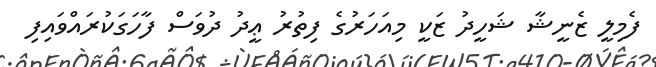
ފެމިލީ ޒެނީޝާ ޝަހީދު ޒަކީ މިއަހަރުގެ ފިތުރު ޢީދު ދުވަސް ފާހަގަކުރައްވައިފި